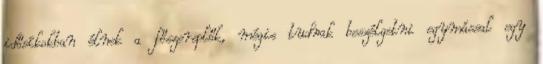
idősíkokban élnek a főszereplők, mégis tudnak beszélgetni egymással egy